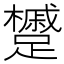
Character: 𨇌